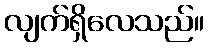
လျက်ရှိလေသည်။